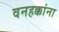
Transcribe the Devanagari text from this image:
वनहक्कांना